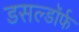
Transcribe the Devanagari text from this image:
डसल्डॉर्फ